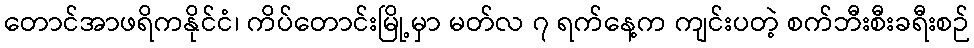
တောင်အာဖရိကနိုင်ငံ၊ ကိပ်တောင်းမြို့မှာ မတ်လ ၇ ရက်နေ့က ကျင်းပတဲ့ စက်ဘီးစီးခရီးစဉ်